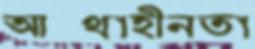
আস্থাহীনতা